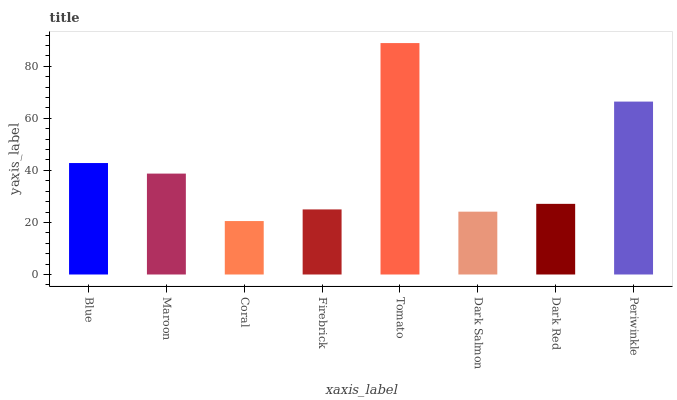
| xaxis_label | bars |
 | --- | --- |
 | Blue | 42.8 |
 | Maroon | 38.8 |
 | Coral | 20.5 |
 | Firebrick | 25 |
 | Tomato | 88.9 |
 | Dark Salmon | 24.1 |
 | Dark Red | 27.1 |
 | Periwinkle | 66.4 |